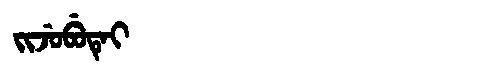
Manchu: ᠵᡳᠵᡠᠪᡠᡨᡝᡳ
Romanization: JIJUBUTEI